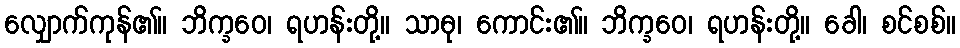
လျှောက်ကုန်၏။ ဘိက္ခဝေ၊ ရဟန်းတို့။ သာဓု၊ ကောင်း၏။ ဘိက္ခဝေ၊ ရဟန်းတို့။ ခေါ၊ စင်စစ်။